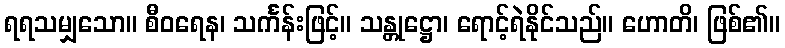
ရရသမျှသော။ စီဝရေန၊ သင်္ကန်းဖြင့်။ သန္တုဋ္ဌော၊ ရောင့်ရဲနိုင်သည်။ ဟောတိ၊ ဖြစ်၏။